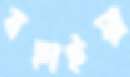
বহাইয়া